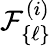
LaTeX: {\cal F}_{\{ \ell\} }^{(i)}